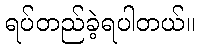
ရပ်တည်ခဲ့ရပါတယ်။